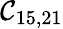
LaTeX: \mathcal{C}_{15,21}